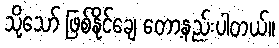
သို့သော် ဖြစ်နိုင်ချေ တော့နည်းပါတယ်။